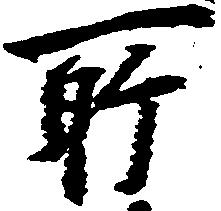
所